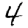
Digit: 4